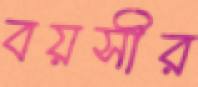
বয়সীর